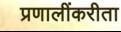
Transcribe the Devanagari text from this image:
प्रणालींकरीता